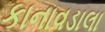
કાનાવડાલા